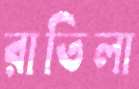
রাতিলা